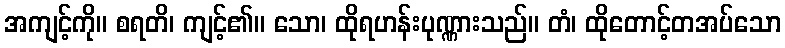
အကျင့်ကို။ စရတိ၊ ကျင့်၏။ သော၊ ထိုရဟန်းပုဏ္ဏားသည်။ တံ၊ ထိုတောင့်တအပ်သော